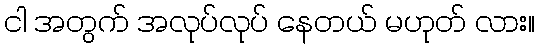
ငါ အတွက် အလုပ်လုပ် နေတယ် မဟုတ် လား။